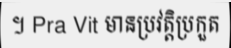
។ Pra Vit មានប្រវត្តិប្រកួត